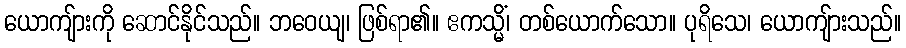
ယောကျ်ားကို ဆောင်နိုင်သည်။ ဘဝေယျ၊ ဖြစ်ရာ၏။ ဧကသ္မိံ၊ တစ်ယောက်သော။ ပုရိသေ၊ ယောကျ်ားသည်။